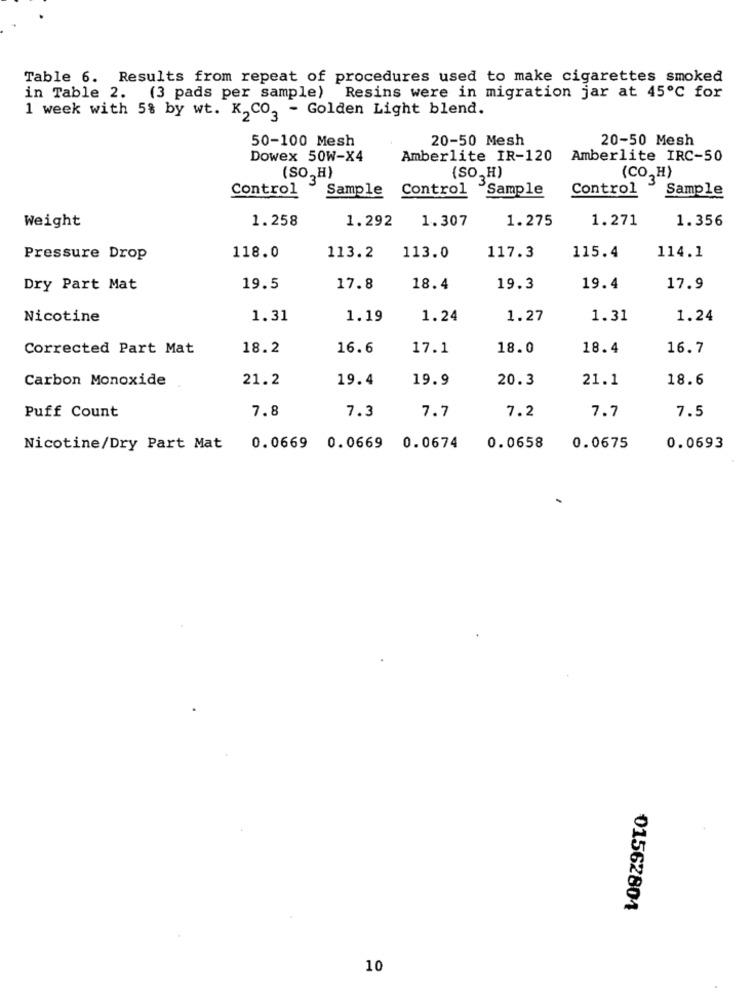
Table 6. Results from repeat of procedures used to make cigarettes smoked
in Table 2. (3 pads per sample) Resins were in migration jar at 45℃ for
1 week with 58 by wt. K, CO, - Golden Light blend.
50-100 Mesh
20-50 Mesh
20-50 Mesh
Dowex 50W-X4
Amberlite IR-120
Amberlite IRC-50
(SO,H)
(SO, H)
3"
(CO. H)
Control
Sample
Control
Sample
Control
Sample
Weight
1.258
1.292
1.307
1.275
1.271
1.356
114.1
Pressure Drop
118.0
113.2
113.0
117.3
115.4
Dry Part Mat
19.5
17.8
18.4
19.3
19.4
17.9
Nicotine
1.31
1.19
1.24
1.27
1.31
1.24
Corrected Part Mat
18.2
16.6
17.1
18.0
18.4
16.7
Carbon Monoxide
21.2
19.4
19.9
20.3
21.1
18.6
Puff Count
7.8
7.3
7.7
7.2
7.7
7.5
Nicotine/Dry Part Mat
0.0669 0.0669
0.0674
0.0658
0.0675
0.0693
01562804
10